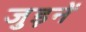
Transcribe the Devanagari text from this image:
जुड़नें